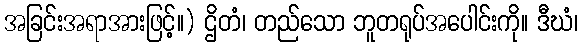
အခြင်းအရာအားဖြင့်။) ဌိတံ၊ တည်သော ဘူတရုပ်အပေါင်းကို။ ဒီဃံ၊